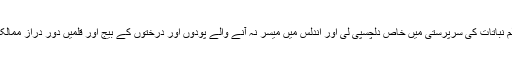
عبدالرحمن اوّل نے علمِ نباتات کی سرپرستی میں خاص دِلچسپی لی اور اندلس میں میسر نہ آنے والے پودوں اور درختوں کے بیج اور قلمیں دُور دراز ممالک سے درآمد کروائیں۔